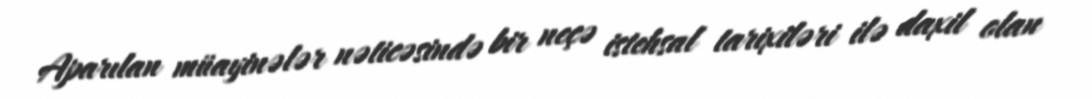
Aparılan müayinələr nəticəsində bir neçə istehsal tarixiləri ilə daxil olan